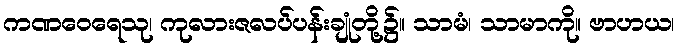
ကဏဝေရေသု၊ ကုလားဇလပ်ပန်းချုံတို့၌။ သာမံ၊ သာမာကို။ ဗာဟယ၊